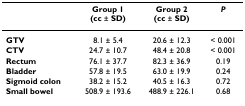
<table><thead><tr><td></td><td><b>Group 1(cc ± SD)</b></td><td><b>Group 2(cc ± SD)</b></td><td><b><i>P</i></b></td></tr></thead><tbody><tr><td><b>GTV</b></td><td>8.1 ± 5.4</td><td>20.6 ± 12.3</td><td>&lt; 0.001</td></tr><tr><td><b>CTV</b></td><td>24.7 ± 10.7</td><td>48.4 ± 20.8</td><td>&lt; 0.001</td></tr><tr><td><b>Rectum</b></td><td>76.1 ± 37.7</td><td>82.3 ± 36.9</td><td>0.19</td></tr><tr><td><b>Bladder</b></td><td>57.8 ± 19.5</td><td>63.0 ± 19.9</td><td>0.24</td></tr><tr><td><b>Sigmoid colon</b></td><td>38.2 ± 15.2</td><td>40.5 ± 16.3</td><td>0.72</td></tr><tr><td><b>Small bowel</b></td><td>508.9 ± 193.6</td><td>488.9 ± 226.1</td><td>0.68</td></tr></tbody></table>